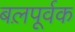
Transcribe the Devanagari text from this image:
बल़पूर्वक